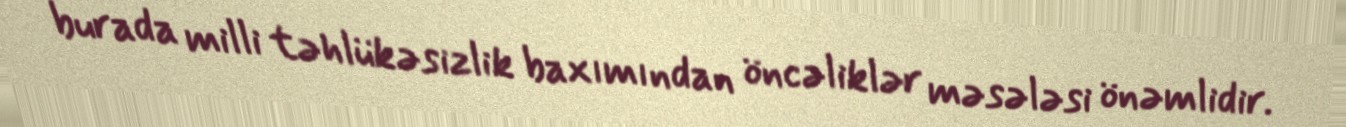
burada milli təhlükəsizlik baxımından öncəliklər məsələsi önəmlidir.